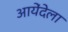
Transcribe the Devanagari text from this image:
आयेंदेला